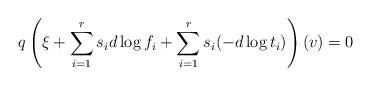
LaTeX: \begin{align*}q\left(\xi+\sum_{i=1}^r s_id\log f_i+\sum_{i=1}^{r}s_i (-d\log t_i)\right)(v)=0\end{align*}